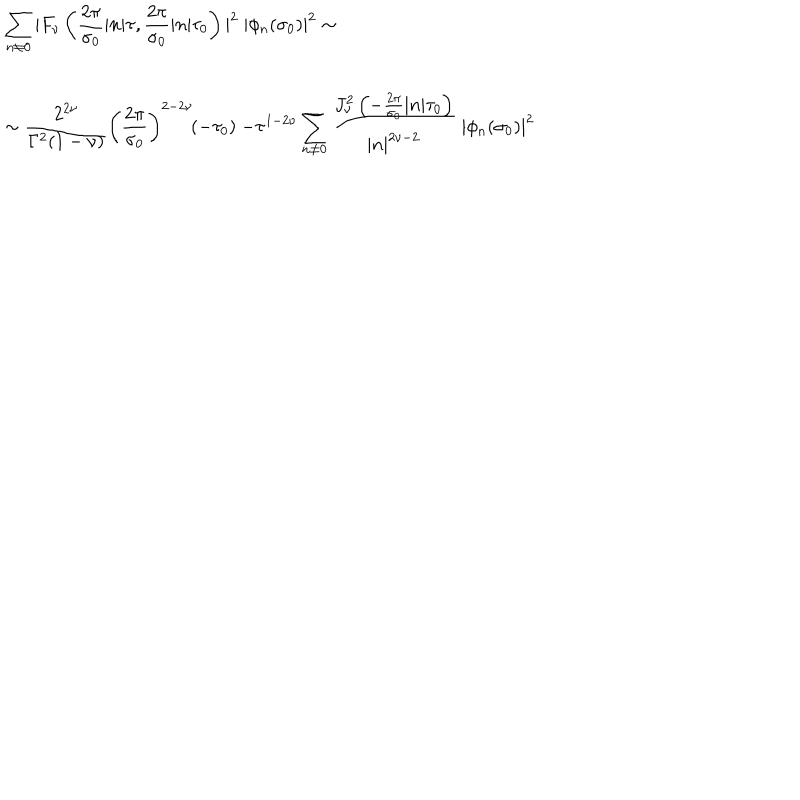
\begin{array} { l } { { { \displaystyle \sum _ { n \neq 0 } | F _ { \nu } \left( \frac { 2 \pi } { \sigma _ { 0 } } | n | \tau , \frac { 2 \pi } { \sigma _ { 0 } } | n | \tau _ { 0 } \right) | ^ { 2 } ~ | \phi _ { n } ( \sigma _ { 0 } ) | ^ { 2 } \sim } } } \\ { { { \displaystyle \sim \frac { 2 ^ { 2 \nu } } { \Gamma ^ { 2 } ( 1 - \nu ) } \left( \frac { 2 \pi } { \sigma _ { 0 } } \right) ^ { 2 - 2 \nu } \! ( - \tau _ { 0 } ) ~ { - \tau } ^ { 1 - 2 \nu } \sum _ { n \neq 0 } ^ { } \frac { J _ { \nu } ^ { 2 } \left( - \frac { 2 \pi } { \sigma _ { 0 } } | n | \tau _ { 0 } \right) } { | n | ^ { 2 \nu - 2 } } ~ | \phi _ { n } ( \sigma _ { 0 } ) | ^ { 2 } } } } \\ \end{array}